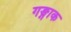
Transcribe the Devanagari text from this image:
गङ्गाक